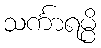
သင်္ကာရမ္ပိ